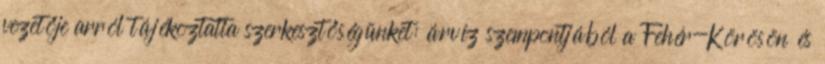
vezetője arról tájékoztatta szerkesztőségünket: árvíz szempontjából a Fehér-Körösön és